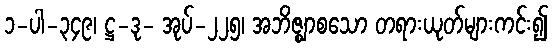
၁-ပါ-၃၄၉၊ ဋ္ဌ-ဒု- အုပ်-၂၂၅၊ အဘိဇ္ဈာစသော တရားယုတ်များကင်း၍